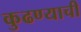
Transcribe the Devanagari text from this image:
कुढण्याची